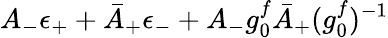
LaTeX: A_{-}\epsilon_{+}+\bar{A}_{+}\epsilon_{-}+A_{-}g_{0}^{f}\bar{A}_{+}({g_{0}^{f}})^{-1}